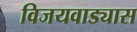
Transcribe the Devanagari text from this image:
विजयवाड्यास